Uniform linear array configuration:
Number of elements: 8
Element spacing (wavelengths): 0.25
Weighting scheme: cosine
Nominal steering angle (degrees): -45
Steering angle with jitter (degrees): -43.371
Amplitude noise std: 0.05
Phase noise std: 0.05

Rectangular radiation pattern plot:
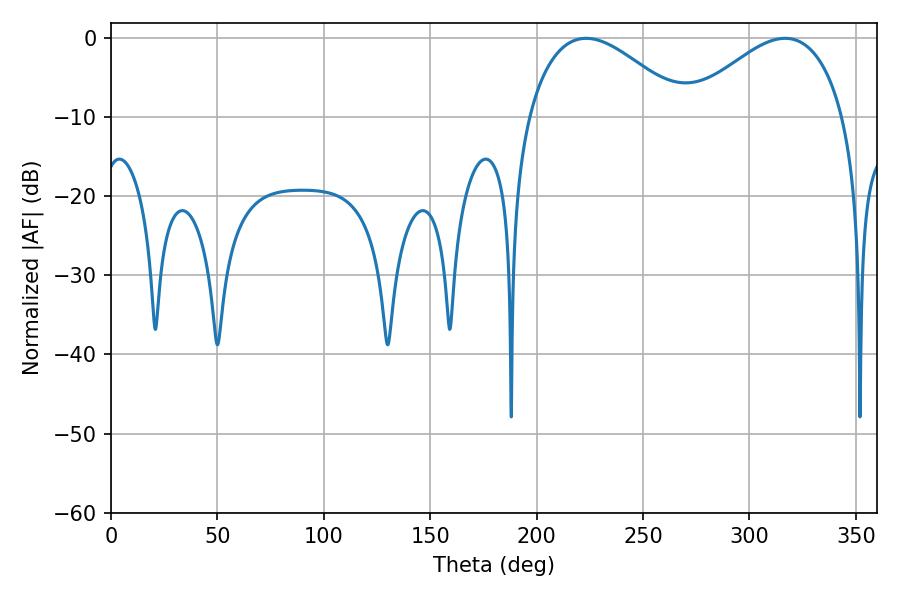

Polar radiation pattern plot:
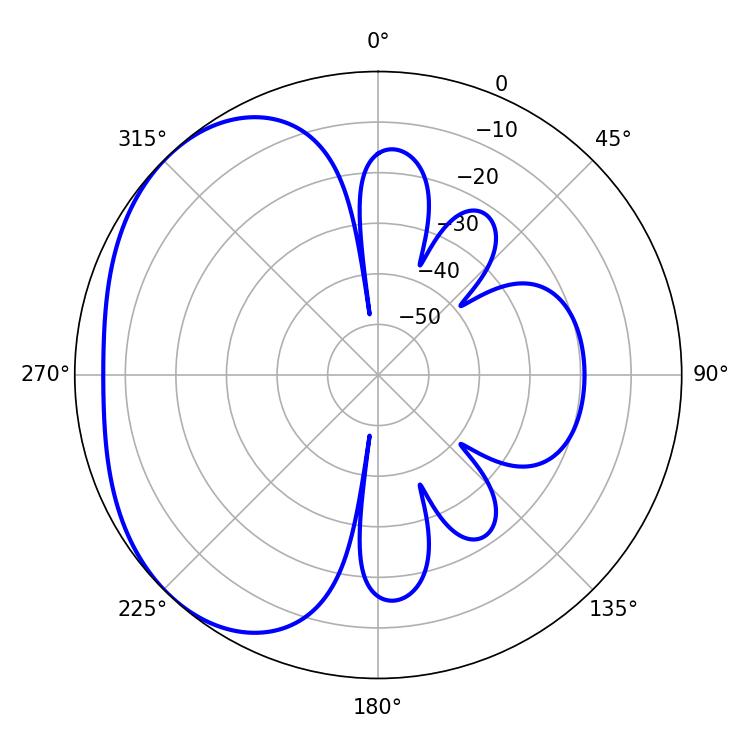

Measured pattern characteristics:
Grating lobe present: FALSE
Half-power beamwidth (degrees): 40.32
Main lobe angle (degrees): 223.2